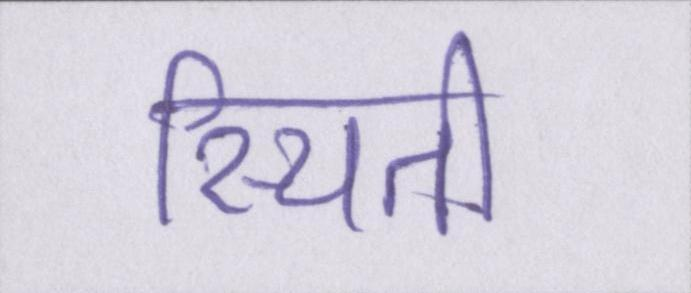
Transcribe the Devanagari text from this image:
स्थिती